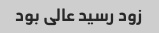
زود رسید عالی بود